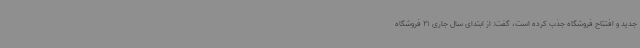
جدید و افتتاح فروشگاه جذب کرده است، گفت: از ابتدای سال جاری 21 فروشگاه